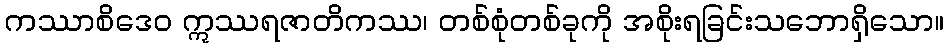
ကဿာစိဒေဝ ဣဿရဇာတိကဿ၊ တစ်စုံတစ်ခုကို အစိုးရခြင်းသဘောရှိသော။